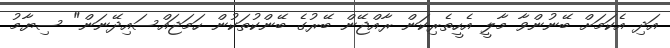
އަދި އެކަމަށް ބޭނުންވާ މާލީ އެހީތެރިކަން ރާއްޖޭން ބޭރުގެ ބޭންކުތަކުން ހަމަޖައްސައިދޭނަން" ސިޔާމު